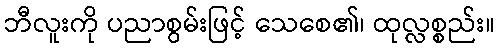
ဘီလူးကို ပညာစွမ်းဖြင့် သေစေ၏၊ ထုလ္လစ္စည်း။